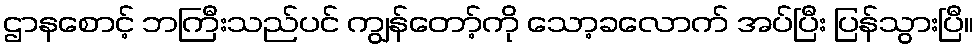
ဌာနစောင့် ဘကြီးသည်ပင် ကျွန်တော့်ကို သော့ခလောက် အပ်ပြီး ပြန်သွားပြီ။